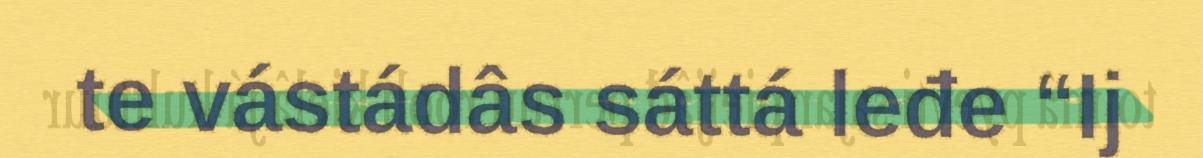
te vástádâs sáttá leđe “Ij